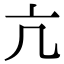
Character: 亢